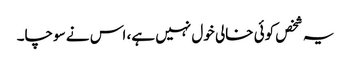
یہ شخص کوئی خالی خول نہیں ہے، اس نے سوچا۔